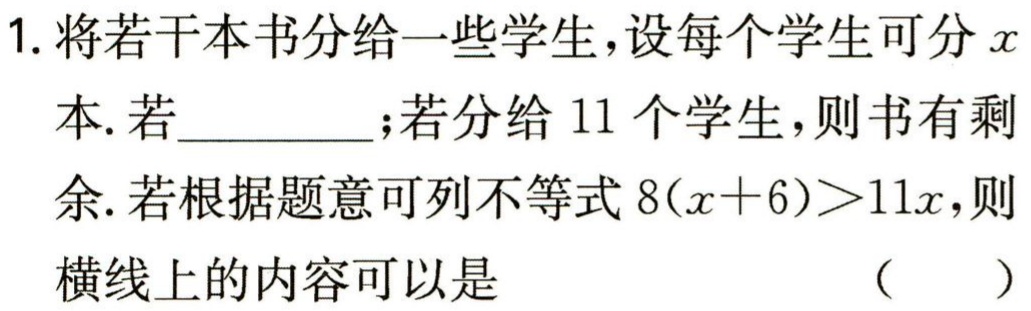
1. 将若干本书分给一些学生，设每个学生可分\(x\)本. 若  ；若分给\(11\)个学生，则书有剩余. 若根据题意可列不等式\(8(x + 6)>11x\)，则横线上的内容可以是  （  ）